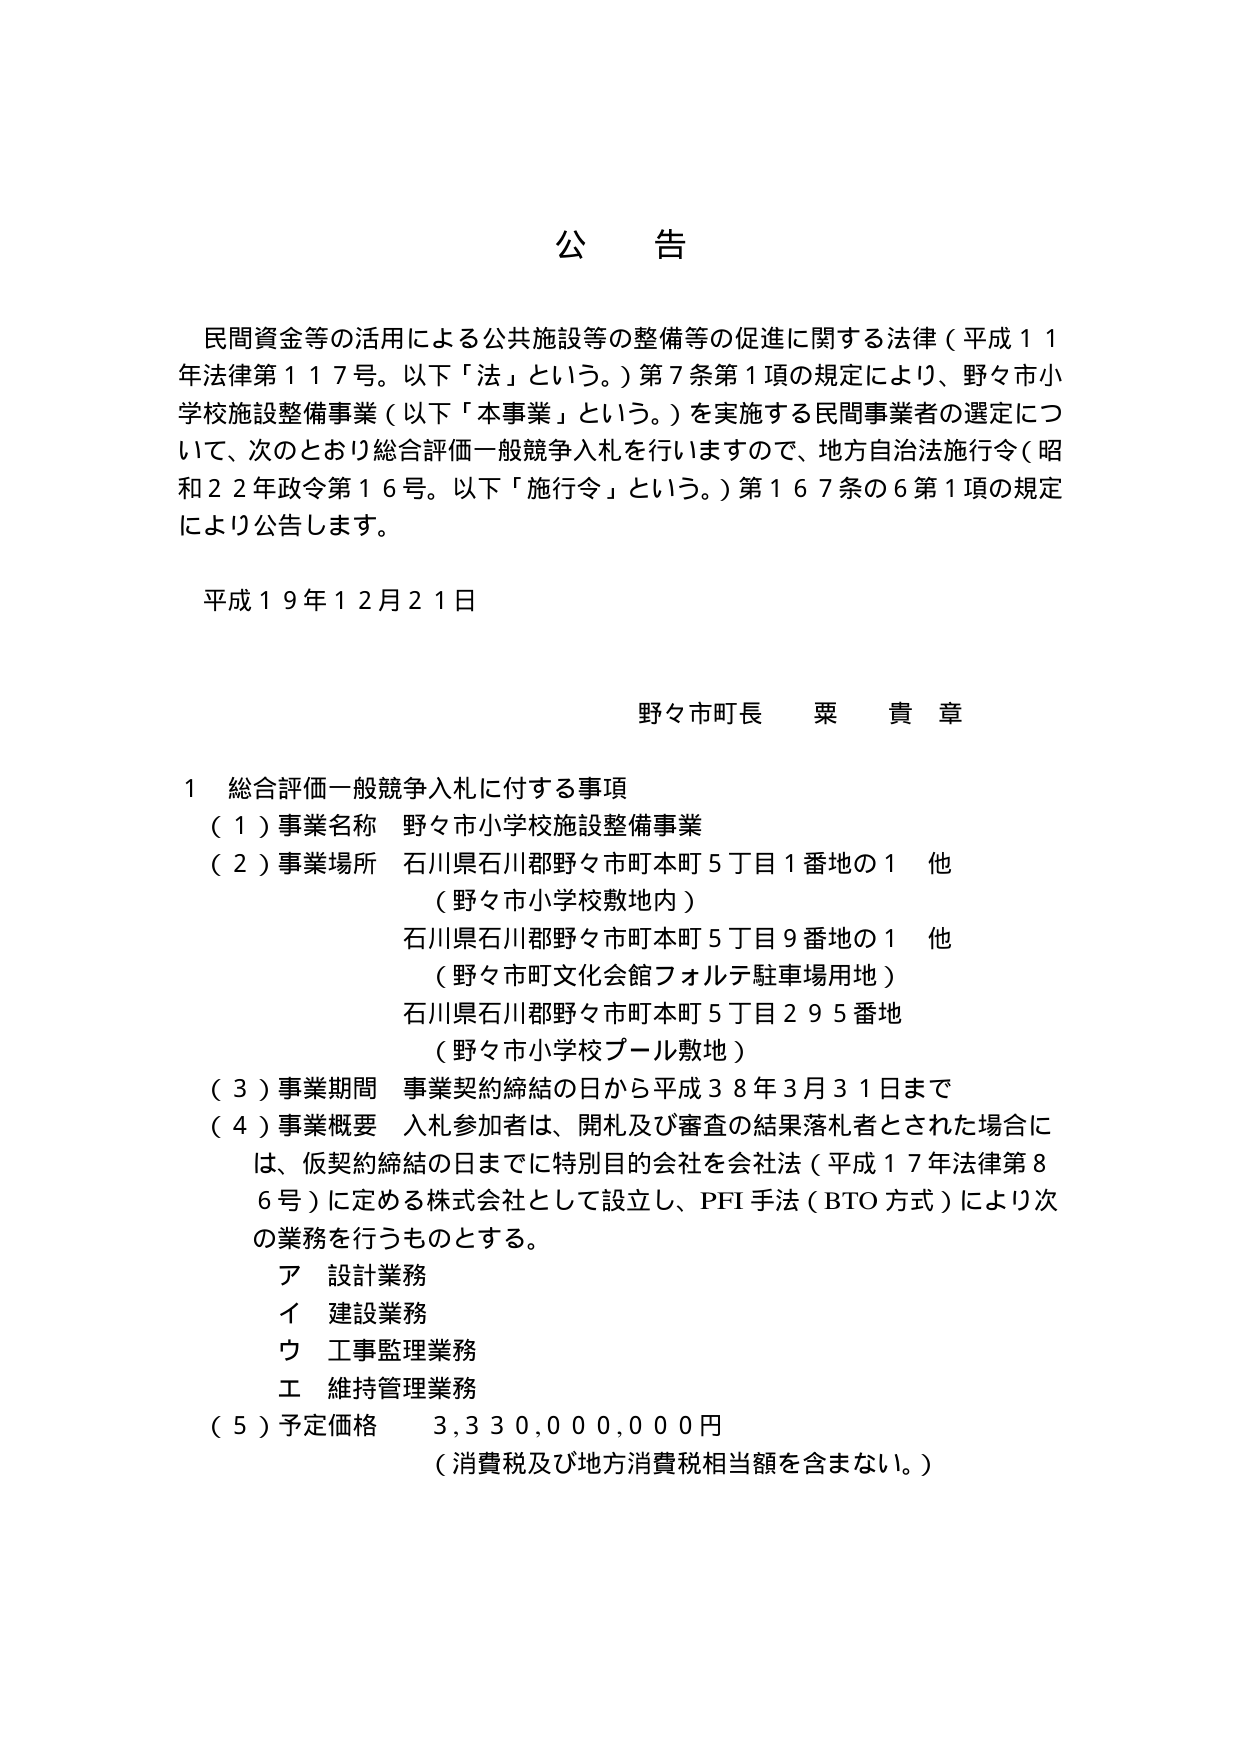
公告

民間資金等の活用による公共施設等の整備等の促進に関する法律（平成１１年法律第１１７号。以下「法」という。）第７条第１項の規定により、野々市小学校施設整備事業（以下「本事業」という。）を実施する民間事業者の選定について、次のとおり総合評価一般競争入札を行いますので、地方自治法施行令（昭和２２年政令第１６号。以下「施行令」という。）第１６７条の６第１項の規定により公告します。

平成１９年１２月２１日

野々市町長  栗 貴 章

１ 総合評価一般競争入札に付する事項
（１）事業名称 野々市小学校施設整備事業
（２）事業場所 石川県石川郡野々市町本町５丁目１番地の１ 他
（野々市小学校敷地内）
石川県石川郡野々市町本町５丁目９番地の１ 他
（野々市町文化会館フォルテ駐車場用地）
石川県石川郡野々市町本町５丁目２９５番地
（野々市小学校プール敷地）
（３）事業期間 事業契約締結の日から平成３８年３月３１日まで
（４）事業概要 入札参加者は、開札及び審査の結果落札者とされた場合には、仮契約締結の日までに特別目的会社を会社法（平成１７年法律第８６号）に定める株式会社として設立し、PFI手法（BTO方式）により次の業務を行うものとする。
ア 設計業務
イ 建設業務
ウ 工事監理業務
エ 維持管理業務
（５）予定価格 ３,３３０,０００,０００円
（消費税及び地方消費税相当額を含まない。）